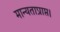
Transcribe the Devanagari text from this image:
मान्यताप्राप्त।